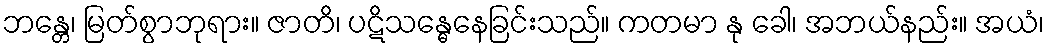
ဘန္တေ၊ မြတ်စွာဘုရား။ ဇာတိ၊ ပဋိသန္ဓေနေခြင်းသည်။ ကတမာ နု ခေါ၊ အဘယ်နည်း။ အယံ၊